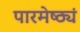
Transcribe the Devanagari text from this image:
पारमेष्ठ्यं